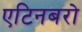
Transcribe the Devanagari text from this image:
एटिनबरो